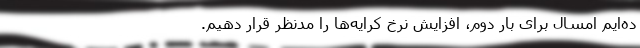
ده‌ایم امسال برای بار دوم، افزایش نرخ کرایه‌ها را مدنظر قرار دهیم.